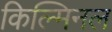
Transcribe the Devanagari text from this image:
किल्मिनल